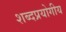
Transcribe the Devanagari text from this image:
शब्दप्रयोगीय